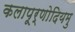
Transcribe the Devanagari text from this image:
कलापूर्णोदियमु